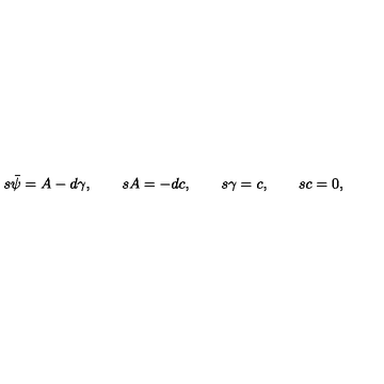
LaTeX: s { \bar { \psi } } = A - d { \gamma } , \quad \quad s A = - d c , \quad \quad s \gamma = c , \quad \quad s c = 0 ,